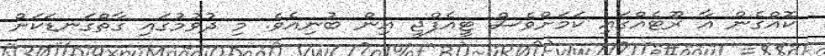
ކޮއްގެން އާ ރޫޓެއްގައި ކަމަށްވެސް ޓީއެފްޖީ އިން ބުނިއެވެ. މި ދުވުމުގައި ގާތްގަނޑަކަށް